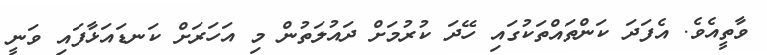
ވާތީއެވެ. އެފަދަ ކަންތައްތަކުގައި ހޭދަ ކުރުމަށް ދައުލަތުން މި އަހަރަށް ކަނޑައަޅާފައި ވަނީ